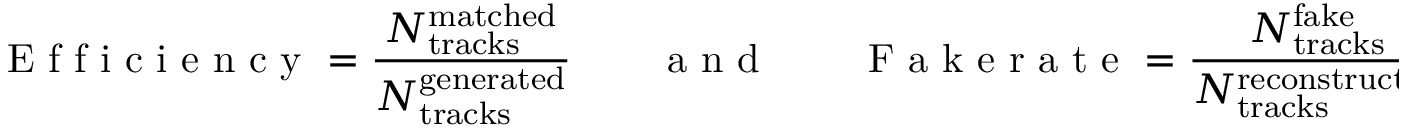
\textrm { E f f i c i e n c y } = \frac { N _ { \mathrm { t r a c k s } } ^ { \mathrm { m a t c h e d } } } { N _ { \mathrm { t r a c k s } } ^ { \mathrm { g e n e r a t e d } } } \qquad \mathrm { ~ a ~ n ~ d ~ } \qquad \textrm { F a k e r a t e } = \frac { N _ { \mathrm { t r a c k s } } ^ { \mathrm { f a k e } } } { N _ { \mathrm { t r a c k s } } ^ { \mathrm { r e c o n s t r u c t e d } } } \, .